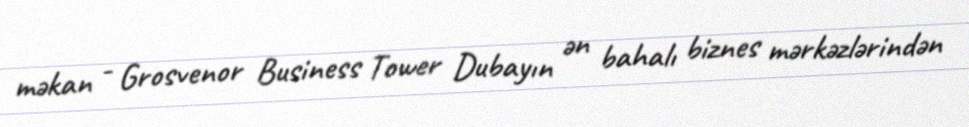
məkan - Grosvenor Business Tower Dubayın ən bahalı biznes mərkəzlərindən